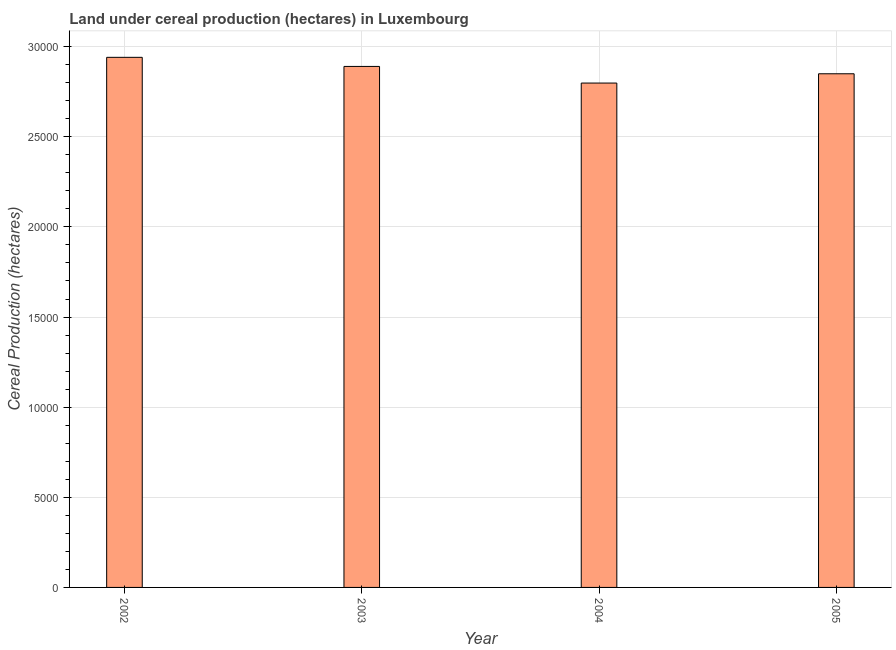
| Year | Land under cereal production (hectares) |
 | --- | --- |
 | 2002 | 2.94e+04 |
 | 2003 | 2.89e+04 |
 | 2004 | 2.8e+04 |
 | 2005 | 2.85e+04 |